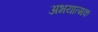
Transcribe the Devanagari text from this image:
अभयात्मक